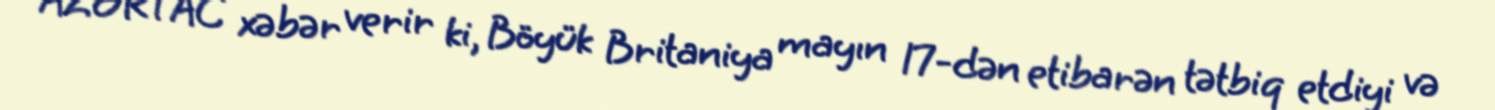
AZƏRTAC xəbər verir ki, Böyük Britaniya mayın 17-dən etibarən tətbiq etdiyi və